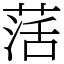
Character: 萿